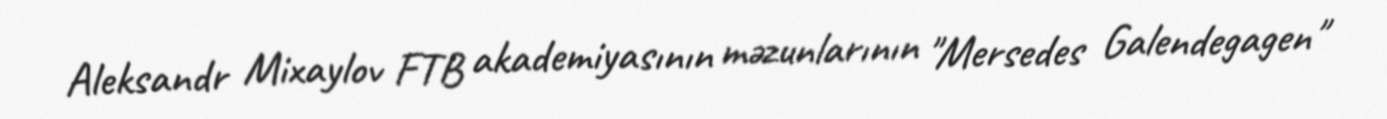
Aleksandr Mixaylov FTB akademiyasının məzunlarının "Mersedes Galendegagen"